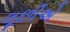
લૂછીએ